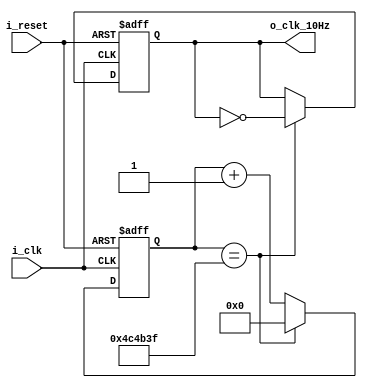
module clockDivider_10Hz(
    input i_clk,
    input i_reset,

    output o_clk_10Hz
    );

    // 100_000_000/2 - 1 --> 1Hz
    // 10_000_000/2 - 1 --> 10Hz
    

    reg r_clk = 0;
    reg [31:0] r_counter = 0;

    assign o_clk_10Hz = r_clk;

    always @(posedge i_clk or posedge i_reset) begin
        if (i_reset) begin
            r_clk <= 0;
            r_counter <= 0;
        end
        else begin
            if (r_counter == 10_000_000/2 - 1) begin
                r_counter <= 0;
                r_clk <= ~r_clk;
            end
            else  begin
                r_counter <= r_counter + 1;
            end
        end

    end

endmodule